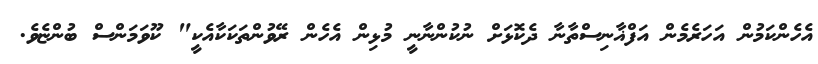
އެހެންކަމުން އަހަރެމެން އަފްޣާނިސްތާނާ ދެކޮޅަށް ނުކުންނާނީ މުޅިން އެހެން ރޭވުންތަކަކާއެކީ" ކޫވަމަންސް ބުންޏެވެ.